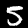
Label: 5